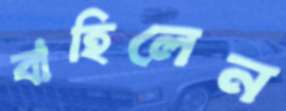
বাহিলেন